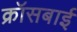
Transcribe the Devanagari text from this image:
क्रॉसबाई